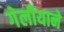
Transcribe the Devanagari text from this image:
गेलीयाने